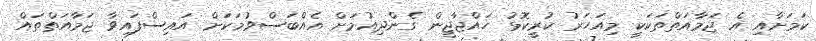
ކަމަށާއި އެ ޖަމާއަތްތަކަކީ މިއަހަރު ކުރީކޮޅު ހައްޖާޖީން ގެންދިއުމަށް އެއްބަސްވުމަކަށް އައިސްފައިވާ ޖަމާއަތްތައް